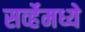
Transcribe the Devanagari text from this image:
सर्व्हेमध्ये